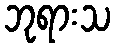
ဘုရားသ